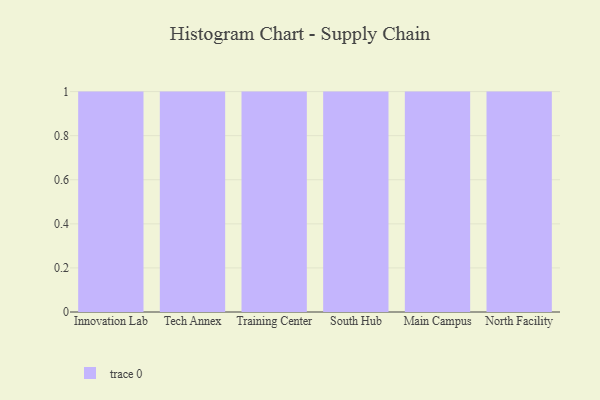
{"axis": {"x": "Campus", "y": "Website Visitors"}, "legend": [""], "data": [{"x": "Innovation Lab", "y": 39, "type": ""}, {"x": "Tech Annex", "y": 22, "type": ""}, {"x": "Training Center", "y": 73, "type": ""}, {"x": "South Hub", "y": 53, "type": ""}, {"x": "Main Campus", "y": 9, "type": ""}, {"x": "North Facility", "y": 92, "type": ""}]}